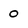
Character: 0